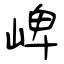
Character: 崥